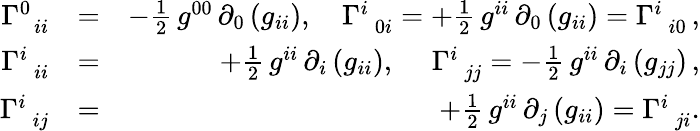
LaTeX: \begin{array}{rlr}{\Gamma_{\, \, \, ii}^{0}}&{=}&{-\frac{1}{2}\, g^{00}\, \partial_{0}\left(g_{ii}\right),\quad\Gamma_{\, \, \, 0i}^{i}=+\frac{1}{2}\, g^{ii}\, \partial_{0}\left(g_{ii}\right)=\Gamma_{\, \, \, i0}^{i}\, ,}\\ {\Gamma_{\, \, \, ii}^{i}}&{=}&{+\frac{1}{2}\, g^{ii}\, \partial_{i}\left(g_{ii}\right),~\quad\Gamma_{\, \, \, jj}^{i}=-\frac{1}{2}\, g^{ii}\, \partial_{i}\left(g_{jj}\right)\, ,}\\ {\Gamma_{\, \, \, ij}^{i}}&{=}&{+\frac{1}{2}\, g^{ii}\, \partial_{j}\left(g_{ii}\right)=\Gamma_{\, \, \, ji}^{i}.}\end{array}